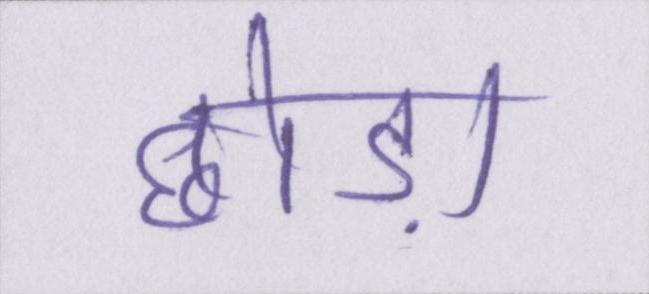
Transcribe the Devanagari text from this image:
छोड़ा